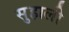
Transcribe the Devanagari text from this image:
सुहाली